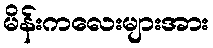
မိန်းကလေးများအား